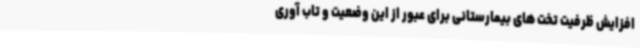
افزایش ظرفیت تخت های بیمارستانی برای عبور از این وضعیت و تاب آوری